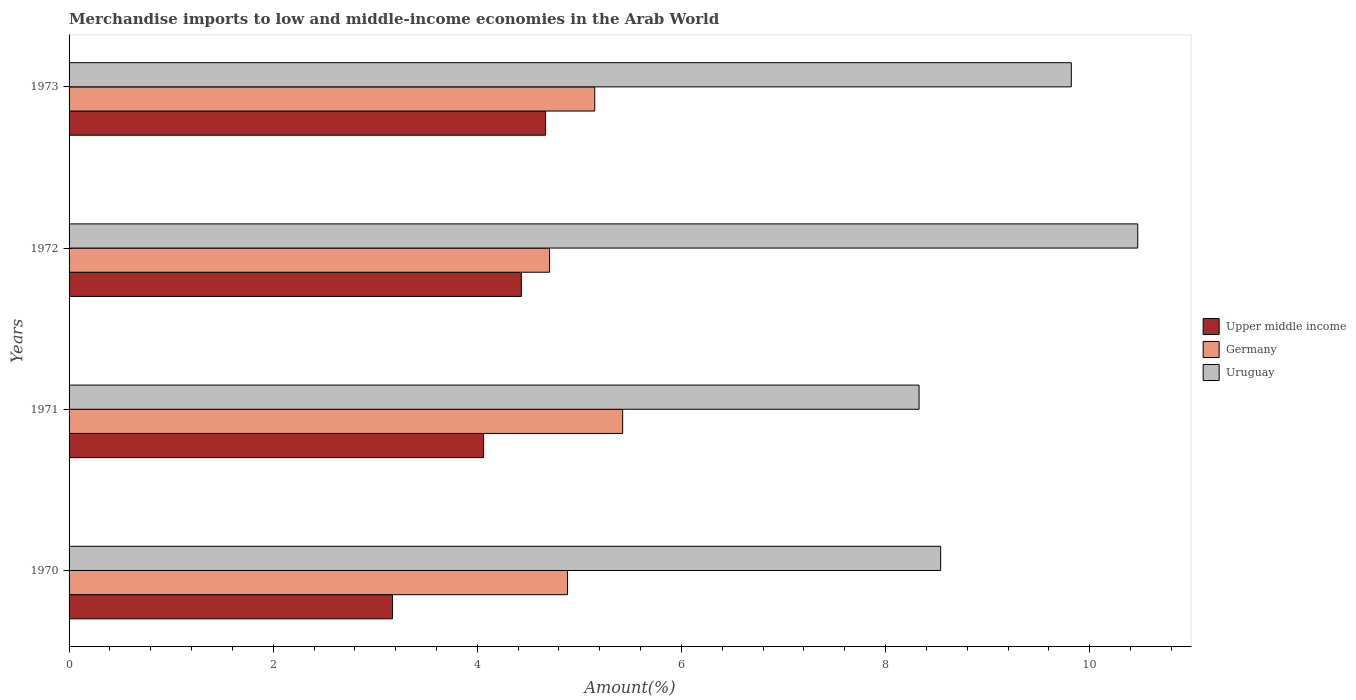
| Years | Upper middle income | Germany | Uruguay |
 | --- | --- | --- | --- |
 | 1970 | 3.17 | 4.88 | 8.54 |
 | 1971 | 4.06 | 5.42 | 8.33 |
 | 1972 | 4.43 | 4.71 | 10.5 |
 | 1973 | 4.67 | 5.15 | 9.82 |